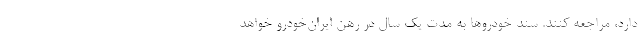
دارد، مراجعه کنند. سند خودروها به مدت یک سال در رهن ایران‌خودرو خواهد